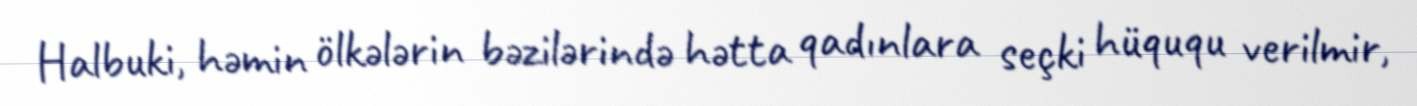
Halbuki, həmin ölkələrin bəzilərində hətta qadınlara seçki hüququ verilmir,